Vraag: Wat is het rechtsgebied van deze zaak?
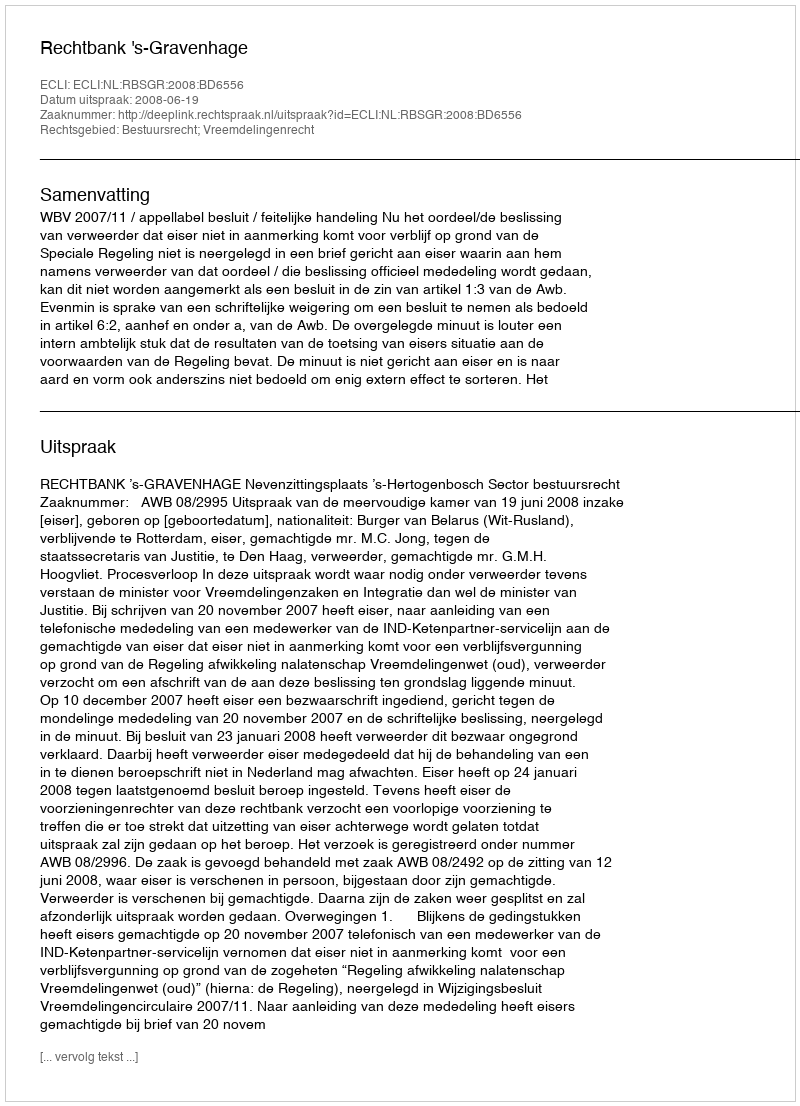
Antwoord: Bestuursrecht; Vreemdelingenrecht